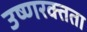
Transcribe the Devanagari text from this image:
उष्णरक्तता